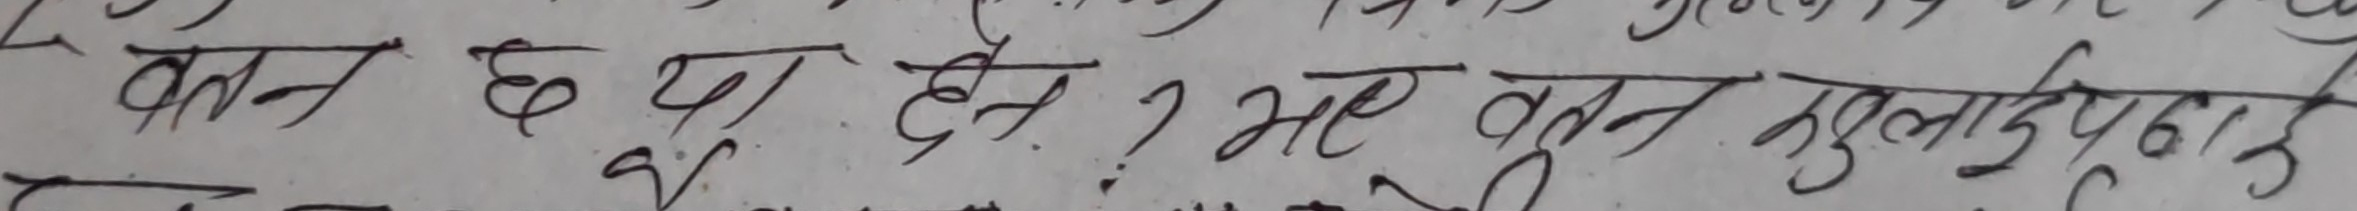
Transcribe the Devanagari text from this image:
वतन छ या है ? अरे वतन मुलाक़ात